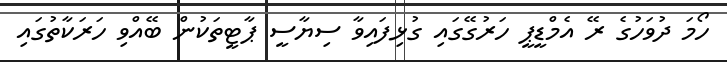
ހޯމަ ދުވަހުގެ ރޭ އެމްޑީޕީ ހަރުގޭގައި ގުޅިފައިވާ ސިޔާސީ ޕާޓީތަކުން ބޭއްވި ހަރަކާތުގައި